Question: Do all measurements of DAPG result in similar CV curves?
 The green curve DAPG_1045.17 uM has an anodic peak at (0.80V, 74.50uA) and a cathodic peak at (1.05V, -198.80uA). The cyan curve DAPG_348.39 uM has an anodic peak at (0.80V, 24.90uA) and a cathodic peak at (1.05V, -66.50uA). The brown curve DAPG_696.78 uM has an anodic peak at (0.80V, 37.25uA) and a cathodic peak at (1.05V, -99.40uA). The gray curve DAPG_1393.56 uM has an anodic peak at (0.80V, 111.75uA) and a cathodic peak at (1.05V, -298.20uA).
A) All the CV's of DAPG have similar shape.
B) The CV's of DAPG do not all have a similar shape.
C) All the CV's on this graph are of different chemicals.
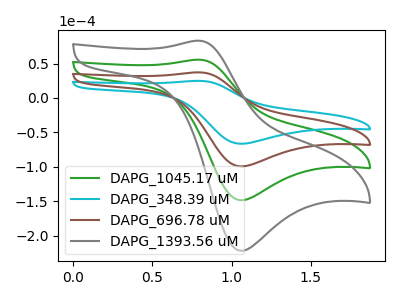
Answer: <think>All the peaks in "DAPG_1045.17 uM" have a peak in "DAPG_348.39 uM" at the same potential. Every peak in "DAPG_1045.17 uM" is higher than every peak in "DAPG_348.39 uM". All the peaks in "DAPG_1045.17 uM" have a peak in "DAPG_696.78 uM" at the same potential. Every peak in "DAPG_1045.17 uM" is higher than every peak in "DAPG_696.78 uM". All the peaks in "DAPG_1045.17 uM" have a peak in "DAPG_1393.56 uM" at the same potential. Every peak in "DAPG_1045.17 uM" is lower than every peak in "DAPG_1393.56 uM". All the peaks in "DAPG_348.39 uM" have a peak in "DAPG_696.78 uM" at the same potential. Every peak in "DAPG_348.39 uM" is lower than every peak in "DAPG_696.78 uM". All the peaks in "DAPG_348.39 uM" have a peak in "DAPG_1393.56 uM" at the same potential. Every peak in "DAPG_348.39 uM" is lower than every peak in "DAPG_1393.56 uM". All the peaks in "DAPG_696.78 uM" have a peak in "DAPG_1393.56 uM" at the same potential. Every peak in "DAPG_696.78 uM" is lower than every peak in "DAPG_1393.56 uM".
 </think>
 <answer>A) All the CV's of "DAPG" have similar shape.</answer>
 <eval>A</eval>